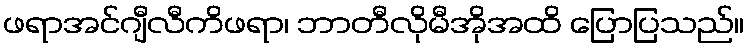
ဖရာအင်ဂျီလီကိဖရာ၊ ဘာတီလိုမီအိုအထိ ပြောပြသည်။